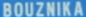
BOUZNIKA